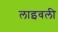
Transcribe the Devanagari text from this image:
लाइवली